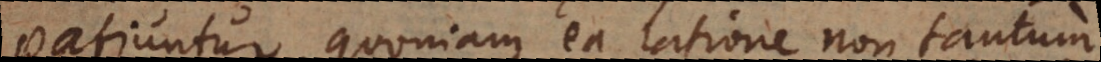
patiuntur, quoniam ea ratione non ta